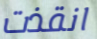
انقذت